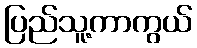
ပြည်သူ့ကာကွယ်